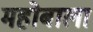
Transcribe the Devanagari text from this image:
महोबाला